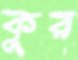
কুর